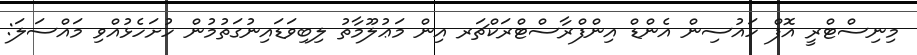
މިނިސްޓްރީ އޮފް ހައުސިން އެންޑް އިންފްރާސްޓްރަކްޗަރ އިން މަޢުލޫމާތު ލިބިވަޑައިނުގަތުމުން ހުށަހެޅުއްވި މައްސަލަ: